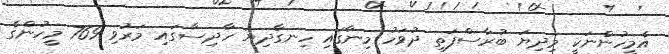
އެމީހުންނަކީ މިދިޔަ ބުރާސްފަތި ދުވަހު މިނާގައި ހިނގާދިޔަ ހާދިސާގައި މަރުވި 769 މީހުންގެ